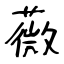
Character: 薇